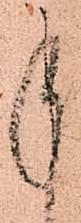
承